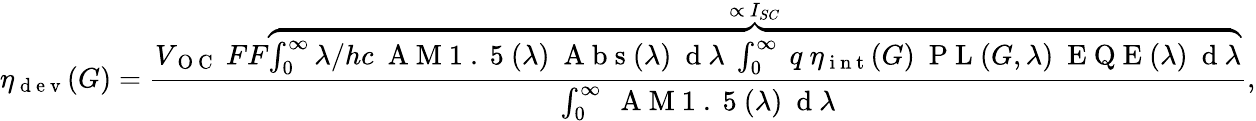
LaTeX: \eta_{\mathrm{~d~e~v~}}(G)=\frac{V_{\mathrm{~O~C~}}\ FF\overbrace{\int_{0}^{\infty}\lambda/hc\ \mathrm{~A~M~1~.~5~}(\lambda)\ \mathrm{~A~b~s~}(\lambda)\ \mathrm{~d~}\lambda\ \int_{0}^{\infty}\ q\ \eta_{\mathrm{~i~n~t~}}(G)\ \mathrm{~P~L~}(G,\lambda)\ \mathrm{~E~Q~E~}(\lambda)\ \mathrm{~d~}\lambda}^{\propto\ I_{SC}}}{\int_{0}^{\infty}\ \mathrm{~A~M~1~.~5~}(\lambda)\ \mathrm{~d~}\lambda},